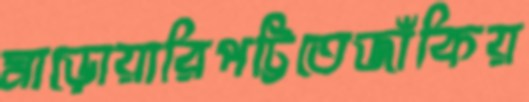
মাড়োয়ারিপট্টিতেজাঁকিয়